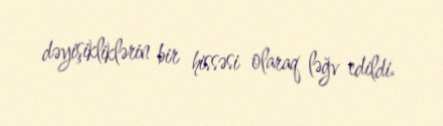
dəyişikliklərin bir hissəsi olaraq ləğv edildi.